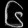
Digit: ၆